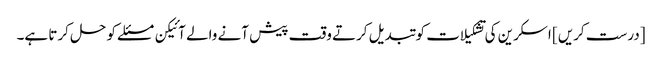
[درست کریں] اسکرین کی تشکیلات کو تبدیل کرتے وقت پیش آنے والے آئیکن مسئلے کو حل کرتا ہے۔